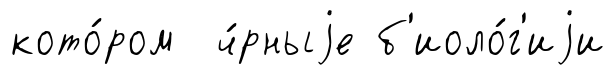
кото́ром ч́рныjе б'иоло́г'иjи